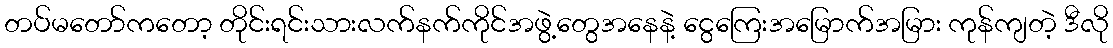
တပ်မတော်ကတော့ တိုင်းရင်းသားလက်နက်ကိုင်အဖွဲ့တွေအနေနဲ့ ငွေကြေးအမြောက်အမြား ကုန်ကျတဲ့ ဒီလို